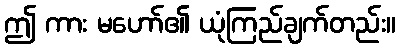
ဤ ကား မဟော်၏ ယုံကြည်ချက်တည်း။